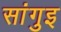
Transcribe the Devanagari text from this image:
सांगुइ